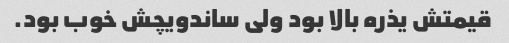
قیمتش یذره بالا بود ولی ساندویچش خوب بود.